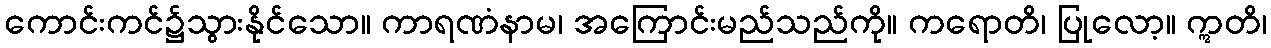
ကောင်းကင်၌သွားနိုင်သော။ ကာရဏံနာမ၊ အကြောင်းမည်သည်ကို။ ကရောတိ၊ ပြုလော့။ ဣတိ၊